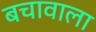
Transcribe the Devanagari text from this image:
बचावाला